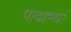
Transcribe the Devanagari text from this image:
पादाभ्यां